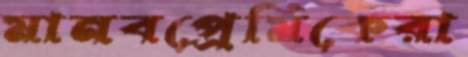
মানবপ্রেমিকেরা